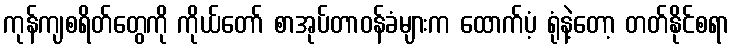
ကုန်ကျစရိတ်တွေကို ကိုယ်တော် စာအုပ်တာဝန်ခံများက ထောက်ပံ့ ရုံနဲ့တော့ တတ်နိုင်စရာ